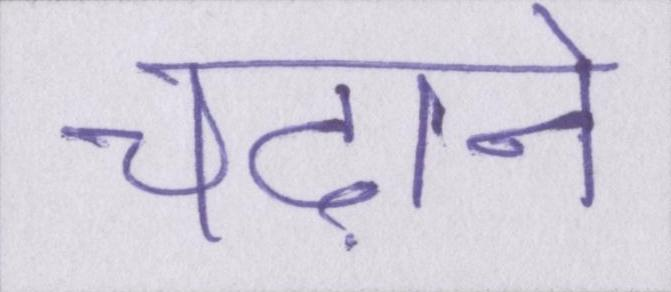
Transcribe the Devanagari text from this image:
चढ़ाने